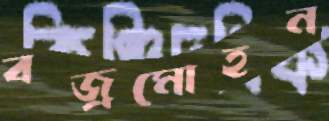
বজ্রমোহন